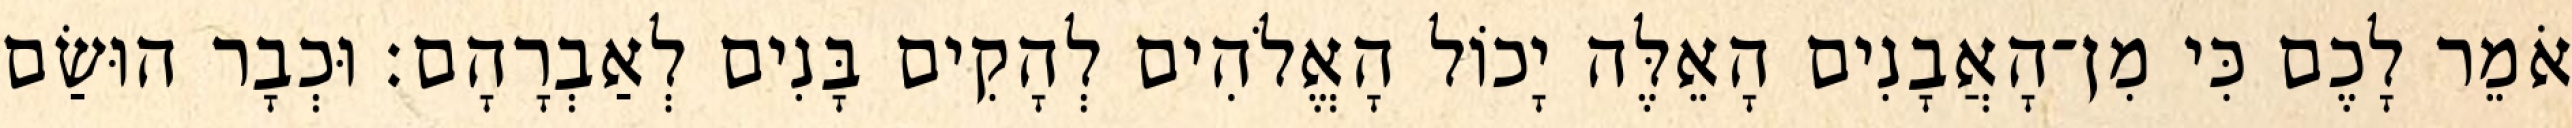
אֹמֵר לָכֶם כִּי מִן־הָאֲבָנִים הָאֵלֶּה יָכוֹל הָאֱלֹהִים לְהָקִים בָּנִים לְאַבְרָהָם׃ וּכְבָר הוּשַׂם